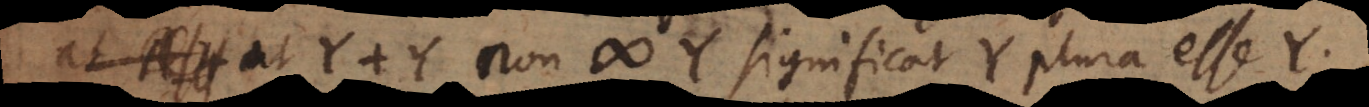
At Y + Y non # Y significat Y plura esse Y.